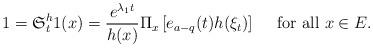
LaTeX: \begin{align*}1=\mathfrak{S}^{h}_{t}1(x)=\frac{e^{\lambda_{1}t}}{h(x)}\Pi_{x}\left[e_{a-q}(t)h(\xi_{t})\right]\quad\mbox{ for all }x\in E.\end{align*}